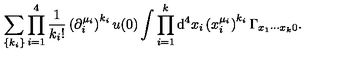
\sum _ { \{ k _ { i } \} } \prod _ { i = 1 } ^ { 4 } \frac { 1 } { k _ { i } ! } \left( \partial _ { i } ^ { \mu _ { i } } \right) ^ { k _ { i } } u ( 0 ) \int \prod _ { i = 1 } ^ { k } \mathrm { d } ^ { 4 } x _ { i } \left( x _ { i } ^ { \mu _ { i } } \right) ^ { k _ { i } } \Gamma _ { x _ { 1 } \cdots x _ { k } 0 } .